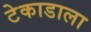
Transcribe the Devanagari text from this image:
टेकाडाला